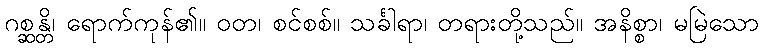
ဂစ္ဆန္တိ၊ ရောက်ကုန်၏။ ဝတ၊ စင်စစ်။ သင်္ခါရာ၊ တရားတို့သည်။ အနိစ္စာ၊ မမြဲသော